Report on lock hospitals in British Burma
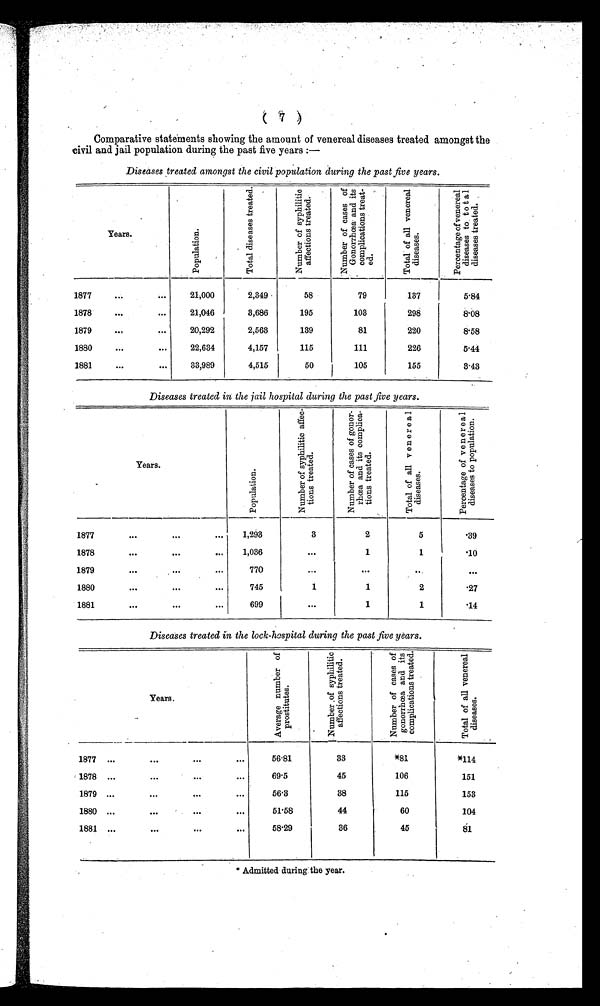
Comparative statements showing the amount of venereal diseases treated amongst the
civil and jail population during the past five years :—
Diseases treated amongst the civil population during the past five years.
Y e a r s .
P o p u l a t i o n .
T o t a l d i s e a s e d t r e a t e d .
N u m b e r o f s y p h i l i t i c
a f f e c t i o n s t r e a t e d .
N u m b e r o f c a s e s o f
G o n o r r h œ a a n d i t s
c o m p l i c a t i o n s t r e a t -
e d .
T o t a l o f a l l v e n e r e a l
d i s e a s e s .
P e r c e n t a g e o f v e n e r e a l
d i s e a s e s t o t o a l
d i s e a s e s t r e a t e d .
1877
. . .
. . .
21,000
2,349
58
79
137
5.84
1878
. . .
...
21,046
3,686
195
103
298
8.08
1879
. . .
. . .
20,292
2,563
139
81
220
8.58
1880
. . .
. . .
22,634
4,157
115
111
226
5.44
1881
. . .
. . .
33,989
4,515
50
105
155
3.43
Diseases treated in the jail hospital during the past five years.
Years.
P o p u l a t i o n .
N u m b e r o f s y p h i l i t i c a f f e c -
t i o n s t r e a t e d .
N u m b e r o f c a s e s o f g o n o r -
r h œ a a n d i t s c o m p l i c a -
t i o n s t r e a t e d .
T o t a l o f a l l v e n e r e a l
d i s e a s e s .
P e r c e n t a g e o f v e n e r e a l
d i s e a s e s t o p o p u l a t i o n .
1877
...
. . .
...
1,293
3
2
5
.39
1878
. . .
. . .
. . .
1,036
...
1
1
.10
1879
. . .
. . .
. . .
770
. . .
. . .
. . .
. . .
1880
. . .
. . .
. . .
745
1
1
2
.27
1881
...
. . .
. . .
699
...
1
1
.14
D i s e a s e s t r e a t e d i n t h e l o c k - h o s p i t a l d u r i n g t h e pa
s t
f i v e y e a r s .
Years.
A v e r a g e n u m b e r o f
p r o s t i t u t e s .
N u m b e r o f s y p h i l i t i c
a f f e c t i o n s t r e a t e d .
N u m b e r o f c a s e s o f
g o n o r r h œ a a n d i t s
c o m p l i c a t i o n s t r e a t e d .
T o t a l o f a l l v e n e r e a l
d i s e a s e s .
1877 ...
. . .
...
...
56.81
33
*81
*114
1878 ...
. . .
. . .
. . .
69.5
45
106
151
1879 ...
. . .
. . .
...
56.3
38
115
153
1880 ...
. . .
. . .
. . .
51.58
44
60
104
1881 ...
...
. . .
. . .
58.29
36
45
81
* Admitted during the year.